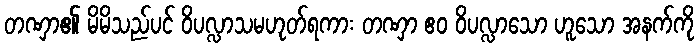
တဏှာ၏ မိမိသည်ပင် ဝိပလ္လာသမဟုတ်ရကား တဏှာ ဧဝ ဝိပလ္လာသော ဟူသော အနက်ကို